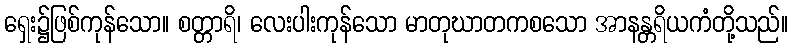
ရှေး၌ဖြစ်ကုန်သော။ စတ္တာရိ၊ လေးပါးကုန်သော မာတုဃာတကစသော အာနန္တရိယကံတို့သည်။